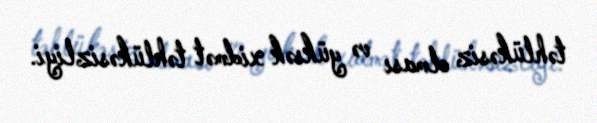
təhlükəsiz olması və yüksək xidmət təhlükəsizliyi.